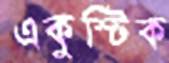
একুস্টিক